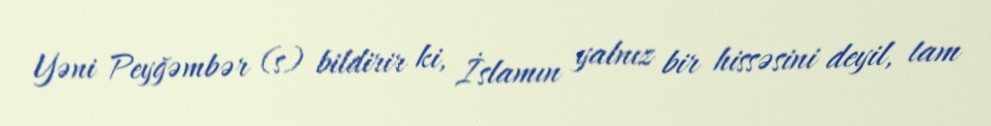
Yəni Peyğəmbər (s) bildirir ki, İslamın yalnız bir hissəsini deyil, tam